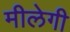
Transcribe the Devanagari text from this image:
मीलेगी